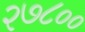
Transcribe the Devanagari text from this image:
२७८००